Cholera in southern India
Disease focus: Cholera
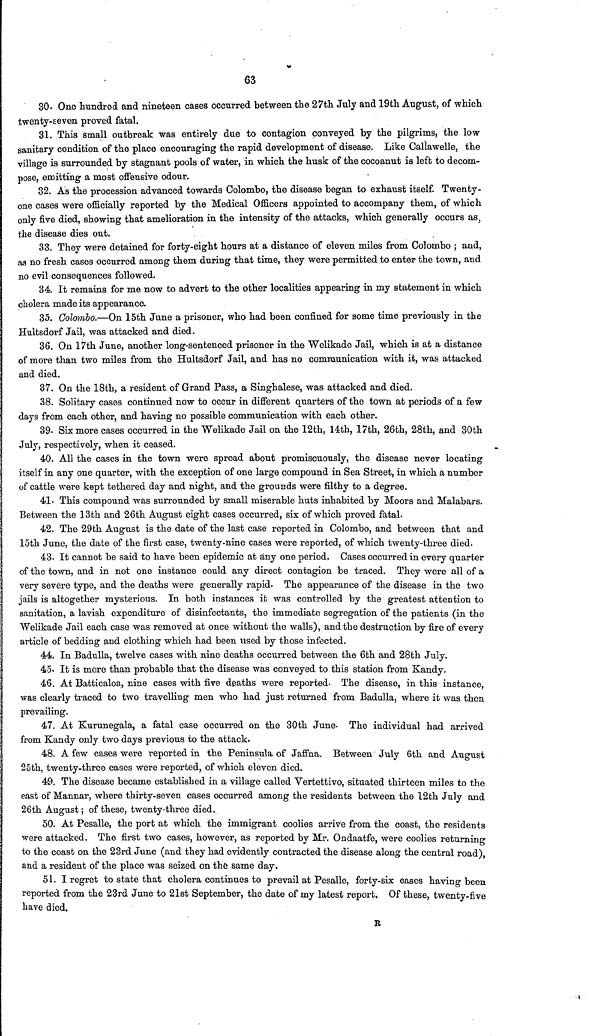
63
30. One hundred and nineteen cases occurred between the 27th July and 19th August, of which
twenty-seven proved fatal.
31. This small outbreak was entirely due to contagion conveyed by the pilgrims, the low
sanitary condition of the place encouraging the rapid development of disease. Like Callawelle, the
village is surrounded by stagnant pools of water, in which the husk of the cocoanut is left to decom-
pose, emitting a most offensive odour.
32. As the procession advanced towards Colombo, the disease began to exhaust itself. Twenty-
one cases were officially reported by the Medical Officers appointed to accompany them, of which
only five died, showing that amelioration in the intensity of the attacks, which generally occurs as,
the disease dies out.
33. They were detained for forty-eight hours at a distance of eleven miles from Colombo ; and,
as no fresh cases occurred among them during that time, they were permitted to enter the town, and
no evil consequences followed.
34 It remains for me now to advert to the other localities appearing m my statement in which
cholera made its appearance.
35. Colombo.—On 15th June a prisoner, who had been confined for some time previously in the
Hultsdorf Jail, was attacked and died.
36. On 17th June, another long-sentenced prisoner in the Welikade Jail, which is at a distance
of more than two miles from the Hultsdorf Jail, and has no communication with it, was attacked
and died.
37. On the 18th, a resident of Grand Pass, a Singhalese, was attacked and died.
38. Solitary cases continued now to occur in different quarters of the town at periods of a few
days from each other, and having no possible communication with each other.
39. Six more cases occurred in the Welikade Jail on the 12th, 14th, 17th, 26th, 28th, and 30th
July, respectively, when it ceased.
40. All the cases in the town were spread about promiscuously, the disease never locating
itself in any one quarter, with the exception of one large compound in Sea Street, in which a number
of cattle were kept tethered day and night, and the grounds were filthy to a degree.
41. This compound was surrounded by small miserable huts inhabited by Moors and Malabars.
Between the 13th and 26th August eight cases occurred, six of which proved fatal.
42. The 29th August is the date of the last case reported in Colombo, and between that and
15th June, the date of the first case, twenty-nine cases were reported, of which twenty-three died.
43. It cannot be said to have been epidemic at any one period. Cases occurred in every quarter
of the town, and in not one instance could any direct contagion be traced. They were all of a
very severe type, and the deaths were generally rapid. The appearance of the disease in the two
jails is altogether mysterious. In both instances it was controlled by the greatest attention to
sanitation, a lavish expenditure of disinfectants, the immediate segregation of the patients (in the
"Welikade Jail each case was removed at once without the walls), and the destruction by fire of every
article of bedding and clothing which had been used by those infected.
44. In Badulla, twelve cases with nine deaths occurred between the 6th and 28th July.
45. It is more than probable that the disease was conveyed to this station from Kandy.
46. At Batticaloa, nine cases with five deaths were reported. The disease, in this instance,
was clearly traced to two travelling men who had just returned from Badulla, where it was then
prevailing.
47. At Kurunegala, a fatal case occurred on the 30th June. The individual had arrived
from Kandy only two days previous to the attack.
48. A few cases were reported in the Peninsula of Jaffna. Between July 6th and August
25th, twenty-three cases were reported, of which eleven died.
49. The disease became established in a village called Vertettivo, situated thirteen miles to the
east of Mannar, where thirty-seven cases occurred among the residents between the 12th July and
26th August ; of these, twenty-three died.
50. At Pesalle, the port at which the immigrant coolies arrive from the coast, the residents
were attacked. The first two cases, however, as reported by Mr. Ondaatfe, were coolies returning
to the coast on the 23rd June (and they had evidently contracted the disease along the central road),
and a resident of the place was seized on the same day.
51.I regret to state that cholera continues to prevail at Pesalle, forty-six cases having been
reported from the 23rd June to 21st September, the date of my latest report, Of these, twenty-five
have died.
R